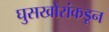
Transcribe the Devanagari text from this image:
घुसखोरांकडून